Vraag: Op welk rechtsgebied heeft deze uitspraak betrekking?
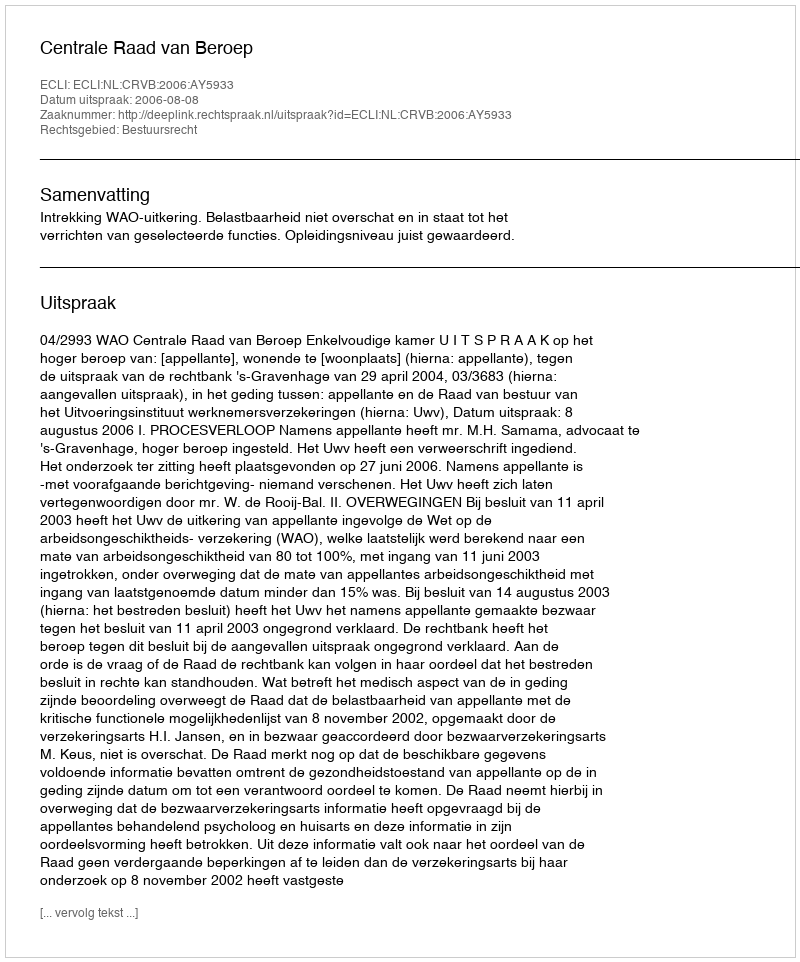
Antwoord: Bestuursrecht